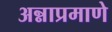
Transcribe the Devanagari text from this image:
अन्नाप्रमाणे